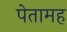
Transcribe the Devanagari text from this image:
पेतामह